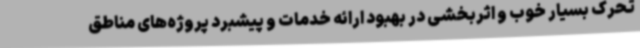
تحرک بسیار خوب و اثربخشی در بهبود ارائه خدمات و پیشبرد پروژه‌های مناطق